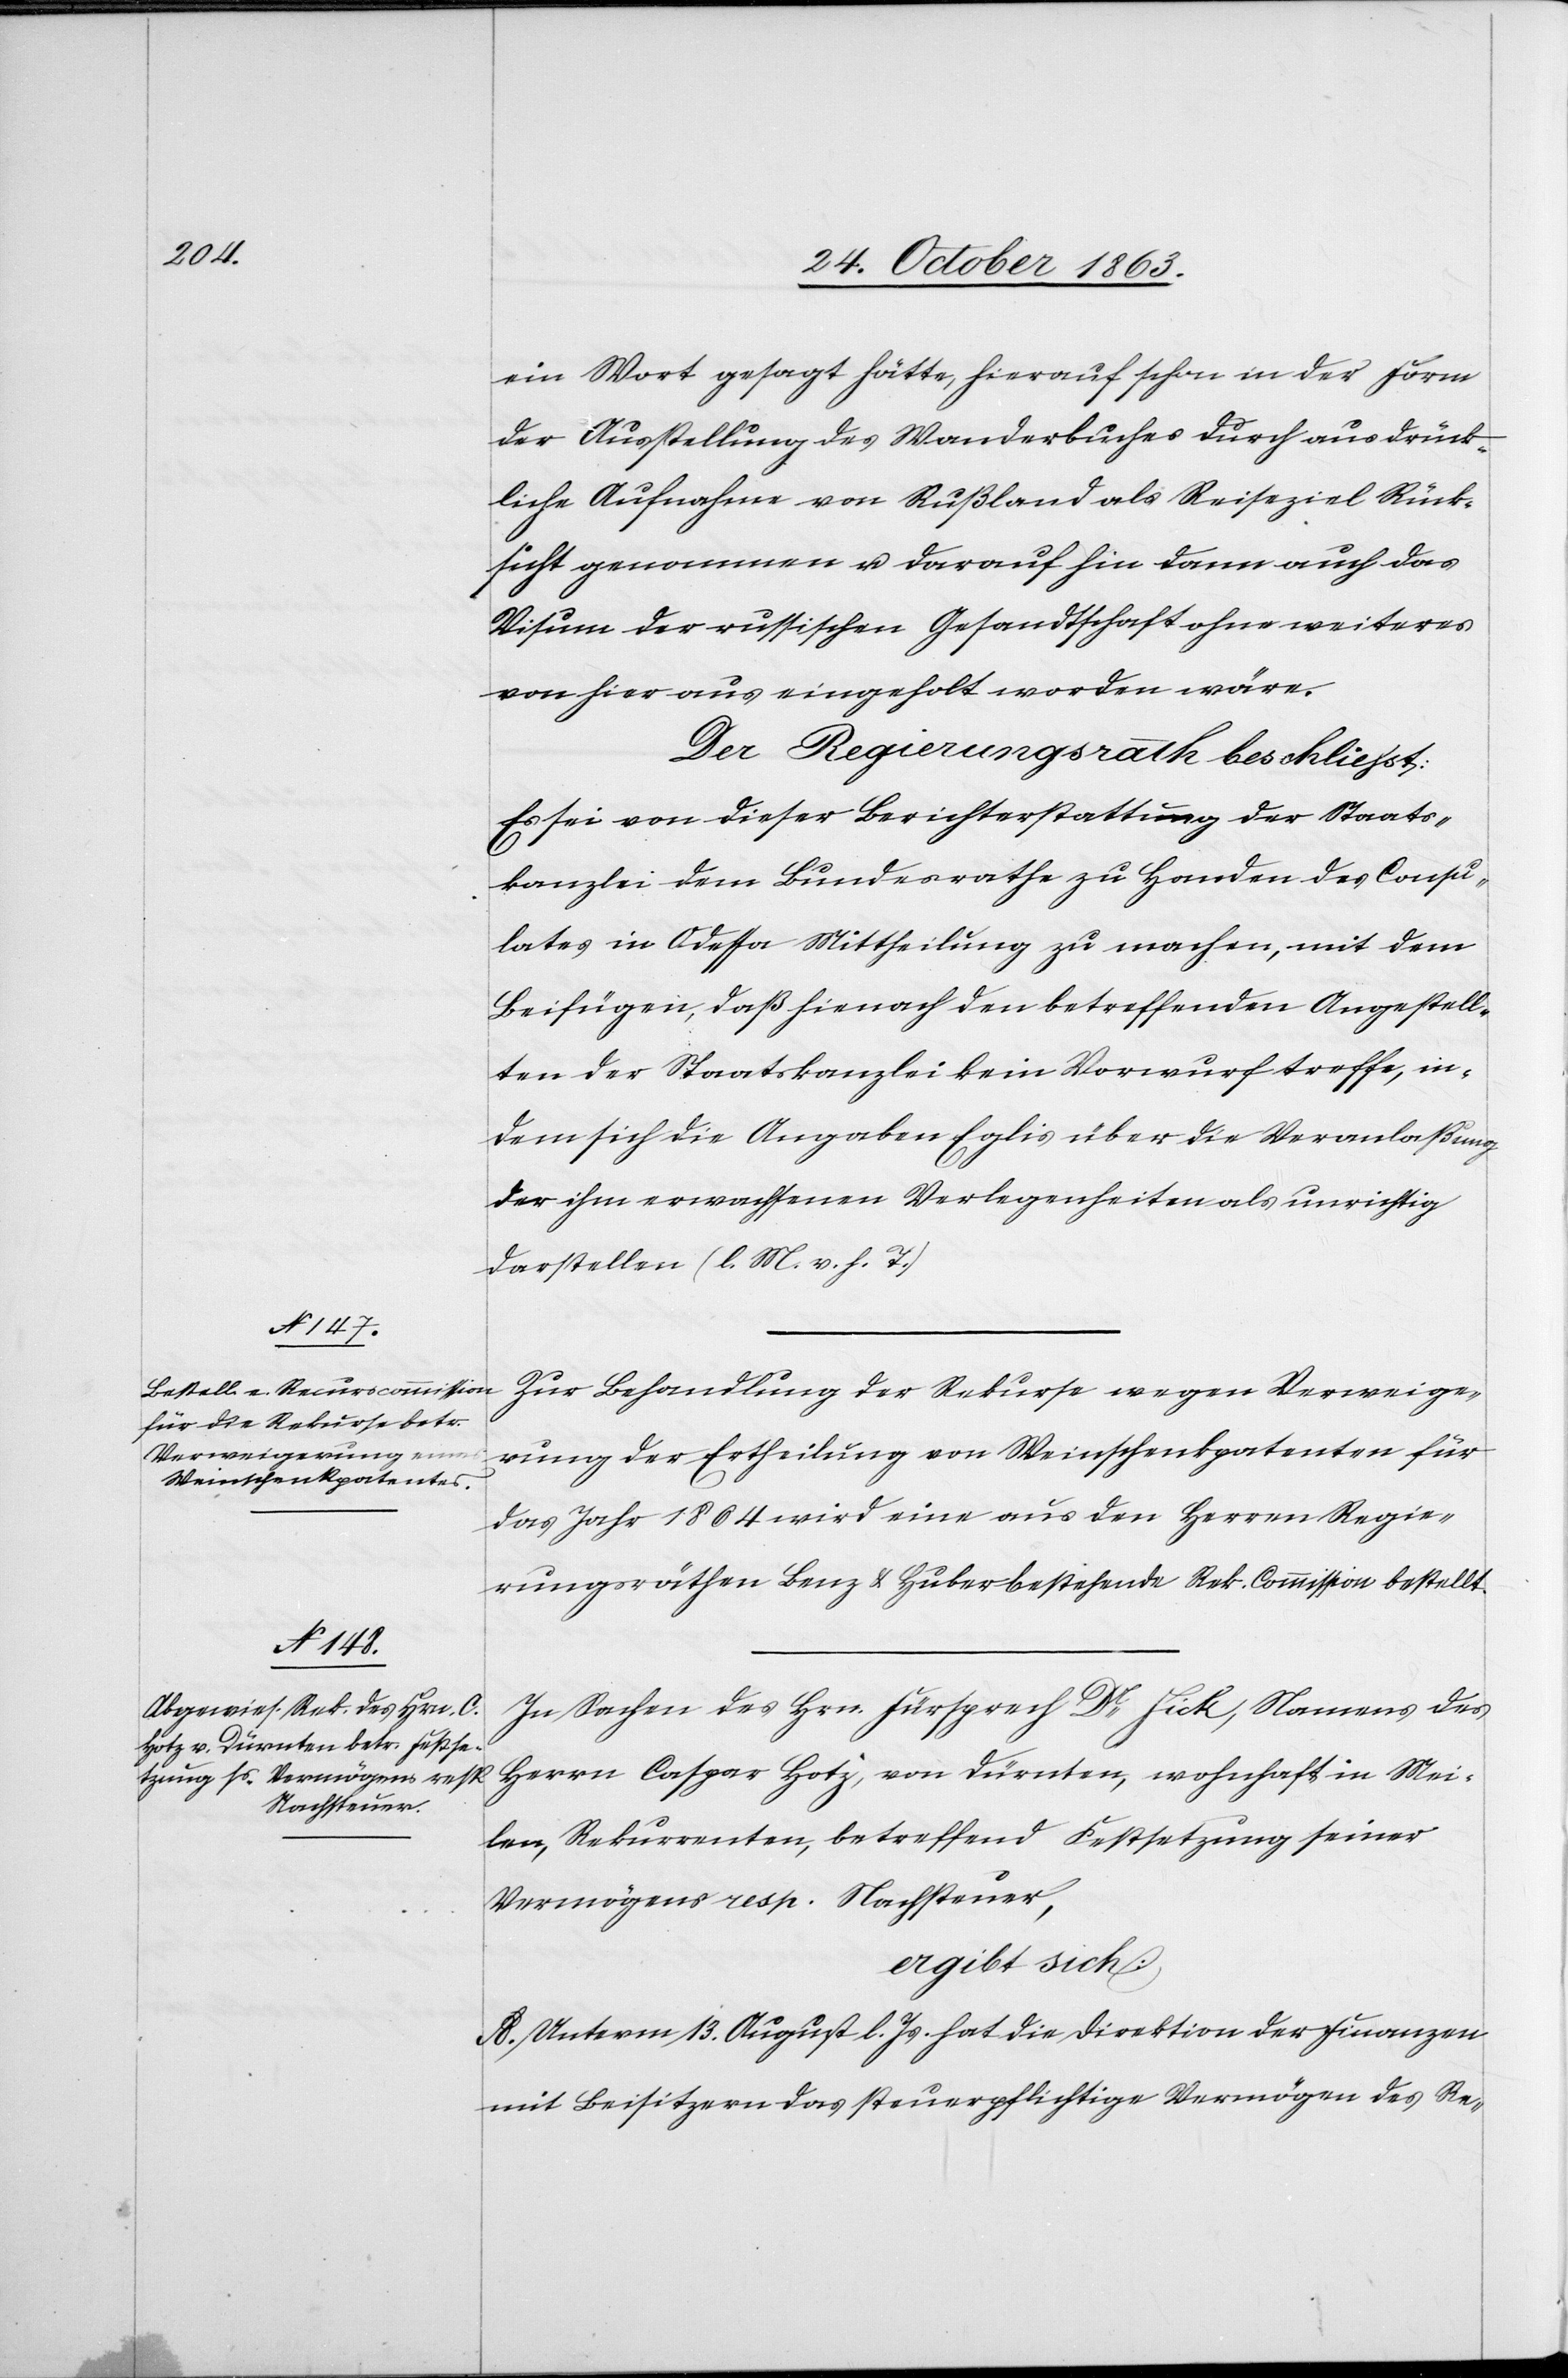
ein Wort gesagt hätte, hierauf schon in der Form
der Ausstellung des Wanderbuches durch ausdrück¬
liche Aufnahme von Rußland als Reiseziel Rück¬
sicht genommen u. darauf hin dann auch das
Visum der russischen Gesandtschaft ohne weiteres
von hier aus eingeholt worden wäre.
Der Regierungsrath beschliesst:
Es sei von dieser Berichterstattung der Staats¬
Mei¬
kanzlei dem Bundesrathe zu Handen des Consu¬
lates in Odessa Mittheilung zu machen, mit dem
Beifügen, daß hienach den betreffenden Angestell¬
ten der Staatskanzlei kein Vorwurf treffe, in¬
dem sich die Angaben Eglis über die Veranlaßung
der ihm erwachsenen Verlegenheiten als unrichtig
darstellen (l. M. v. h. T.)
Zur Behandlung der Rekurse wegen Verweige¬
rung der Ertheilung von Weinschenkpatenten für
das Jahr 1864 wird eine aus den Herren Regie¬
rungsräthen Benz & Huber bestehende Rek. Commission bestellt.
In Sachen des Hrn. Fürsprech Dr Fick, Namens des
len, Rekurrenten, betreffend Festsetzung seiner
Vermögens[-] resp. Nachsteuer,
ergibt sich:
A. Unterm 13. August l. Js. hat die Direktion der Finanzen
mit Beisitzern das steuerpflichtige Vermögen des Re-